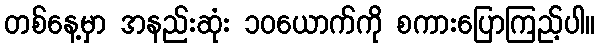
တစ်နေ့မှာ အနည်းဆုံး ၁၀ယောက်ကို စကားပြောကြည့်ပါ။